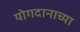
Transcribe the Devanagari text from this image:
योगदानाच्या